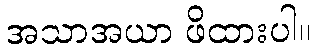
အသာအယာ ဖိထားပါ။